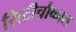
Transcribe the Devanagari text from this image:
सिटीचौकात